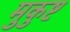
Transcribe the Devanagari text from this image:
मुकुष्ट